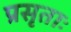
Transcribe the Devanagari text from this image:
प्रसृताः